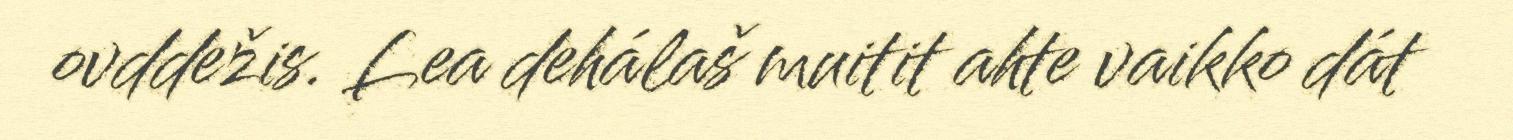
ovddežis. Lea dehálaš muitit ahte vaikko dát